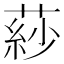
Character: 䔋